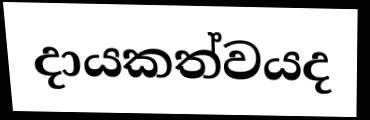
දායකත්වයද